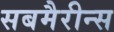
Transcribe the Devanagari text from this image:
सबमैरीन्स